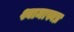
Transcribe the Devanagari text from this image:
श्यामास्वप्न